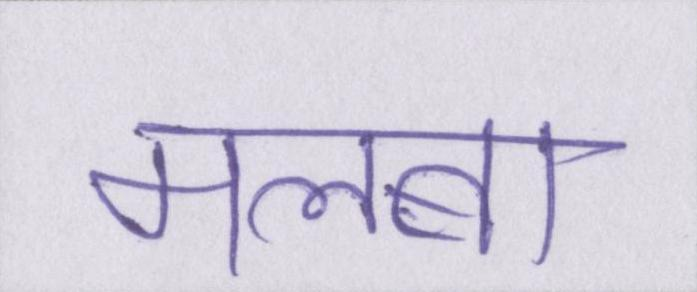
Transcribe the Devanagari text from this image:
मलबा